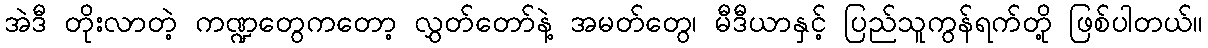
အဲဒီ တိုးလာတဲ့ ကဏ္ဍတွေကတော့ လွှတ်တော်နဲ့ အမတ်တွေ၊ မီဒီယာနှင့် ပြည်သူကွန်ရက်တို့ ဖြစ်ပါတယ်။